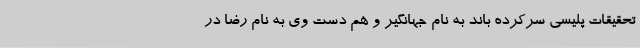
تحقیقات پلیسی سرکرده باند به نام جهانگیر و هم دست وی به نام رضا در